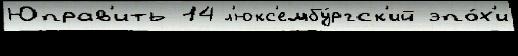
Юправ'ить 14 л'юкс'ембу́ргск'ий эпо́х'и